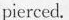
pierced.